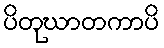
ပိတုဃာတကာပိ